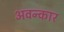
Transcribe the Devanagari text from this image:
अवन्कार